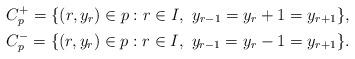
LaTeX: \begin{align*}C^{+}_{p}=\{(r,y_{r})\in p: r\in I, \ y_{r-1}=y_{r}+1=y_{r+1}\},\\C^{-}_{p}=\{(r,y_{r})\in p: r\in I, \ y_{r-1}=y_{r}-1=y_{r+1}\}.\end{align*}